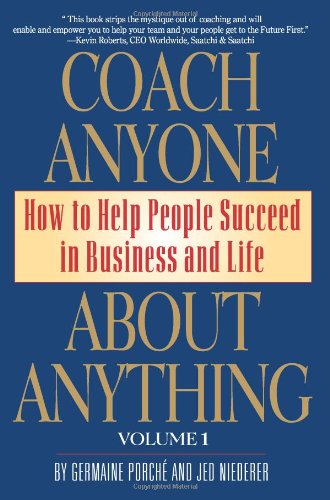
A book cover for Coach Anyone About Anything: How to Help People Succeed in Business and Life; Germaine Porche'; Business & Money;